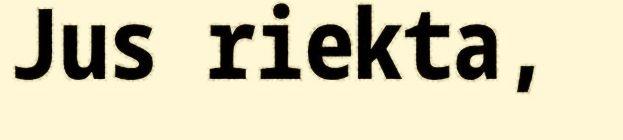
Jus riekta,